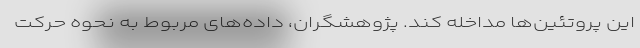
این پروتئین‌ها مداخله کند. پژوهشگران، داده‌های مربوط به نحوه حرکت